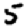
Digit: 5